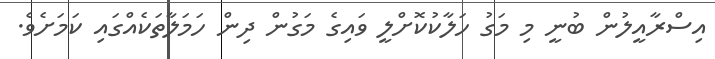
އިސްރާއީލުން ބުނީ މި މަގު ހަލާކުކޮށްލީ ވައިގެ މަގުން ދިން ހަމަލާތަކެއްގައި ކަމަށެވެ.